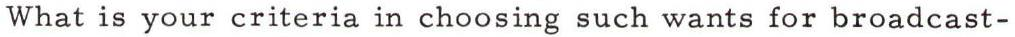
What is your criteria in choosing such wants for broadcast-